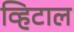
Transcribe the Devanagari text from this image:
व्हिटाल